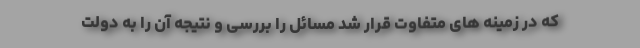
که در زمینه های متفاوت قرار شد مسائل را بررسی و نتیجه آن را به دولت